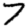
Digit: 7